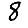
Digit: 8